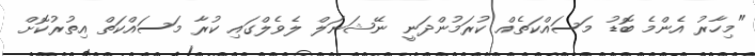
"މިހާރު އެންމެ ބޮޑު މަސައްކަތެއް ކުރަމުންދަނީ ނޭޝަނަލް ލެވެލްގައި ކުރާ މަސައްކަތް އިތުރުކޮށް